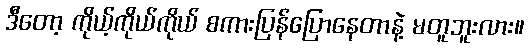
ဒီတော့ ကိုယ့်ကိုယ်ကိုယ် စကားပြန်ပြောနေတာနဲ့ မတူဘူးလား။